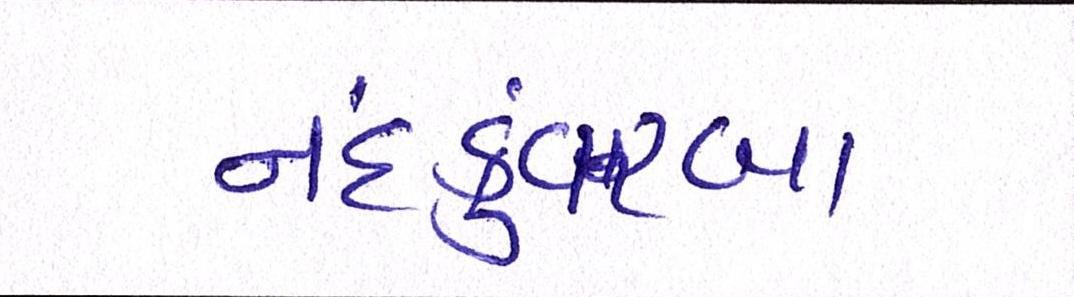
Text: નંદકુંવરબા